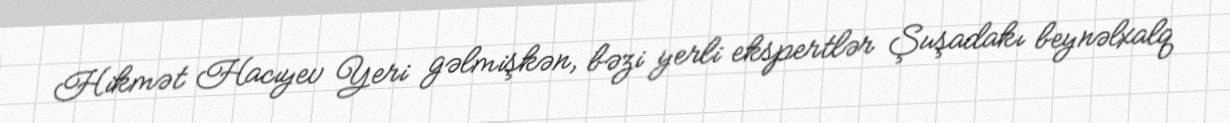
Hikmət Hacıyev Yeri gəlmişkən, bəzi yerli ekspertlər Şuşadakı beynəlxalq